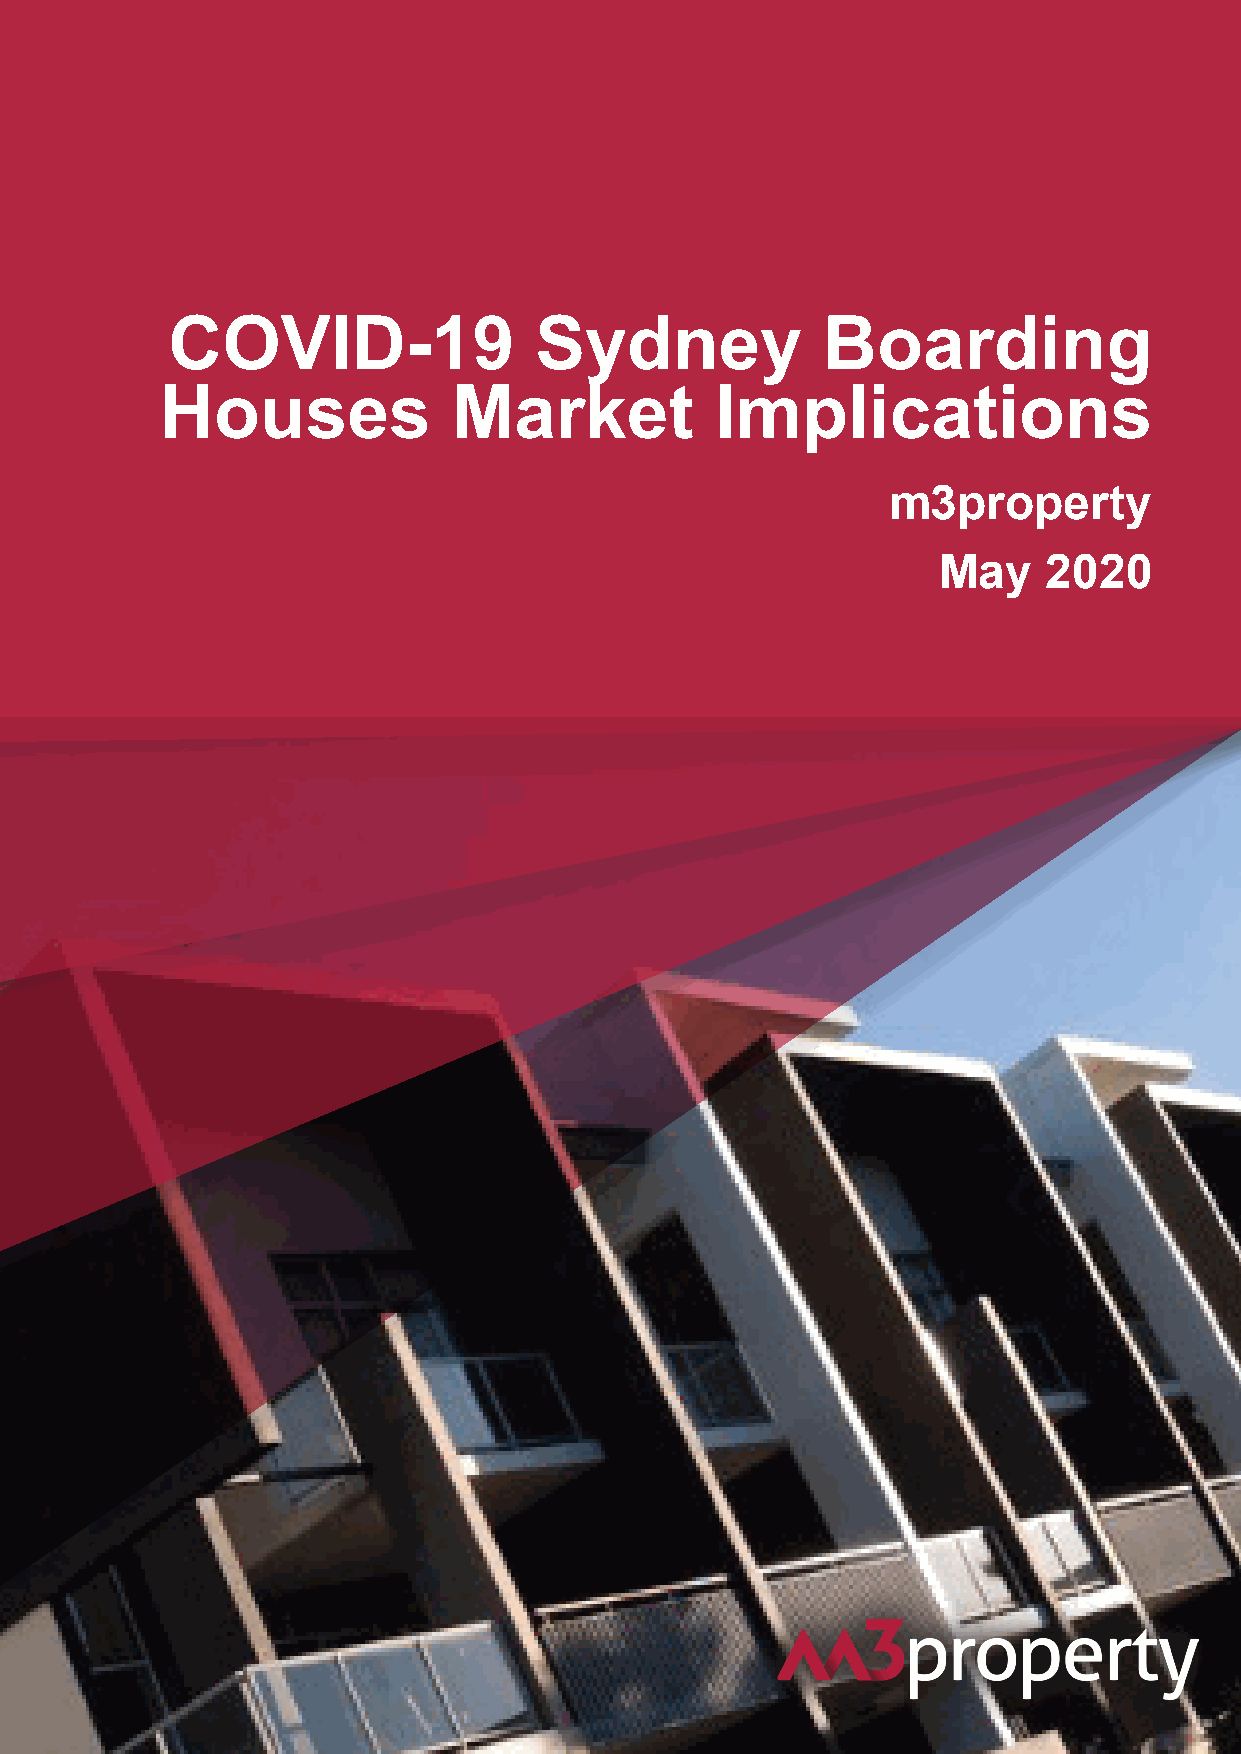
COVID-19                Sydney             Boarding
 Houses             Market           Implications
 m3property
 May    2020